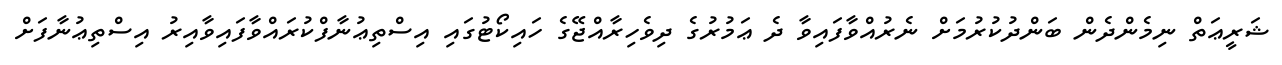
ޝަރީޢަތް ނިމެންދެން ބަންދުކުރުމަށް ނެރުއްވާފައިވާ ދެ ޢަމުރުގެ ދިވެހިރާއްޖޭގެ ހައިކޯޓުގައި އިސްތިޢުނާފްކުރައްވާފައިވާއިރު އިސްތިޢުނާފަށް